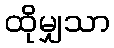
ထိုမျှသာ